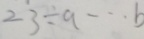
2 3 \div a \cdots b